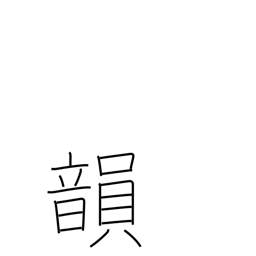
Meaning: rhyme